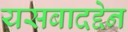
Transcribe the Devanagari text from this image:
यसबादद्देन